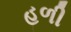
હળી